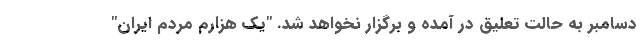
دسامبر به حالت تعلیق در آمده و برگزار نخواهد شد. "یک هزارم مردم ایران"